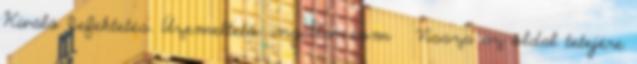
Kiváló befektetés. Üzemeltető: ingatlan.com ▴ Vissza az oldal tetejére